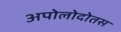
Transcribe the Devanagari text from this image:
अपोलोदोतस